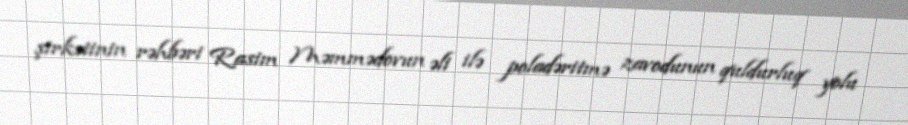
şirkətinin rəhbəri Rasim Məmmədovun əli ilə poladəritmə zavodunun quldurluq yolu